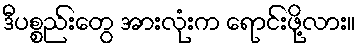
ဒီပစ္စည်းတွေ အားလုံးက ရောင်းဖို့လား။